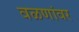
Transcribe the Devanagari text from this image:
वळणांवर